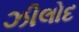
ઝીલોદ